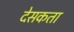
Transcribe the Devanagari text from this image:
देसकता